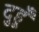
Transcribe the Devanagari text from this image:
दुहूँ